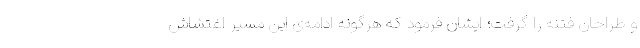
و طراحان فتنه را گرفت؛ ایشان فرمود که هرگونه ادامه‌ی این مسیر اغتشاش